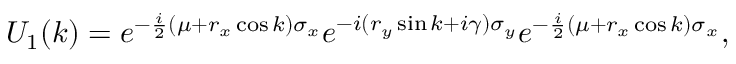
U _ { 1 } ( k ) = e ^ { - \frac { i } { 2 } ( \mu + r _ { x } \cos k ) \sigma _ { x } } e ^ { - i ( r _ { y } \sin k + i \gamma ) \sigma _ { y } } e ^ { - \frac { i } { 2 } ( \mu + r _ { x } \cos k ) \sigma _ { x } } ,